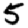
Digit: 5